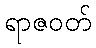
ရာဇဝတ်